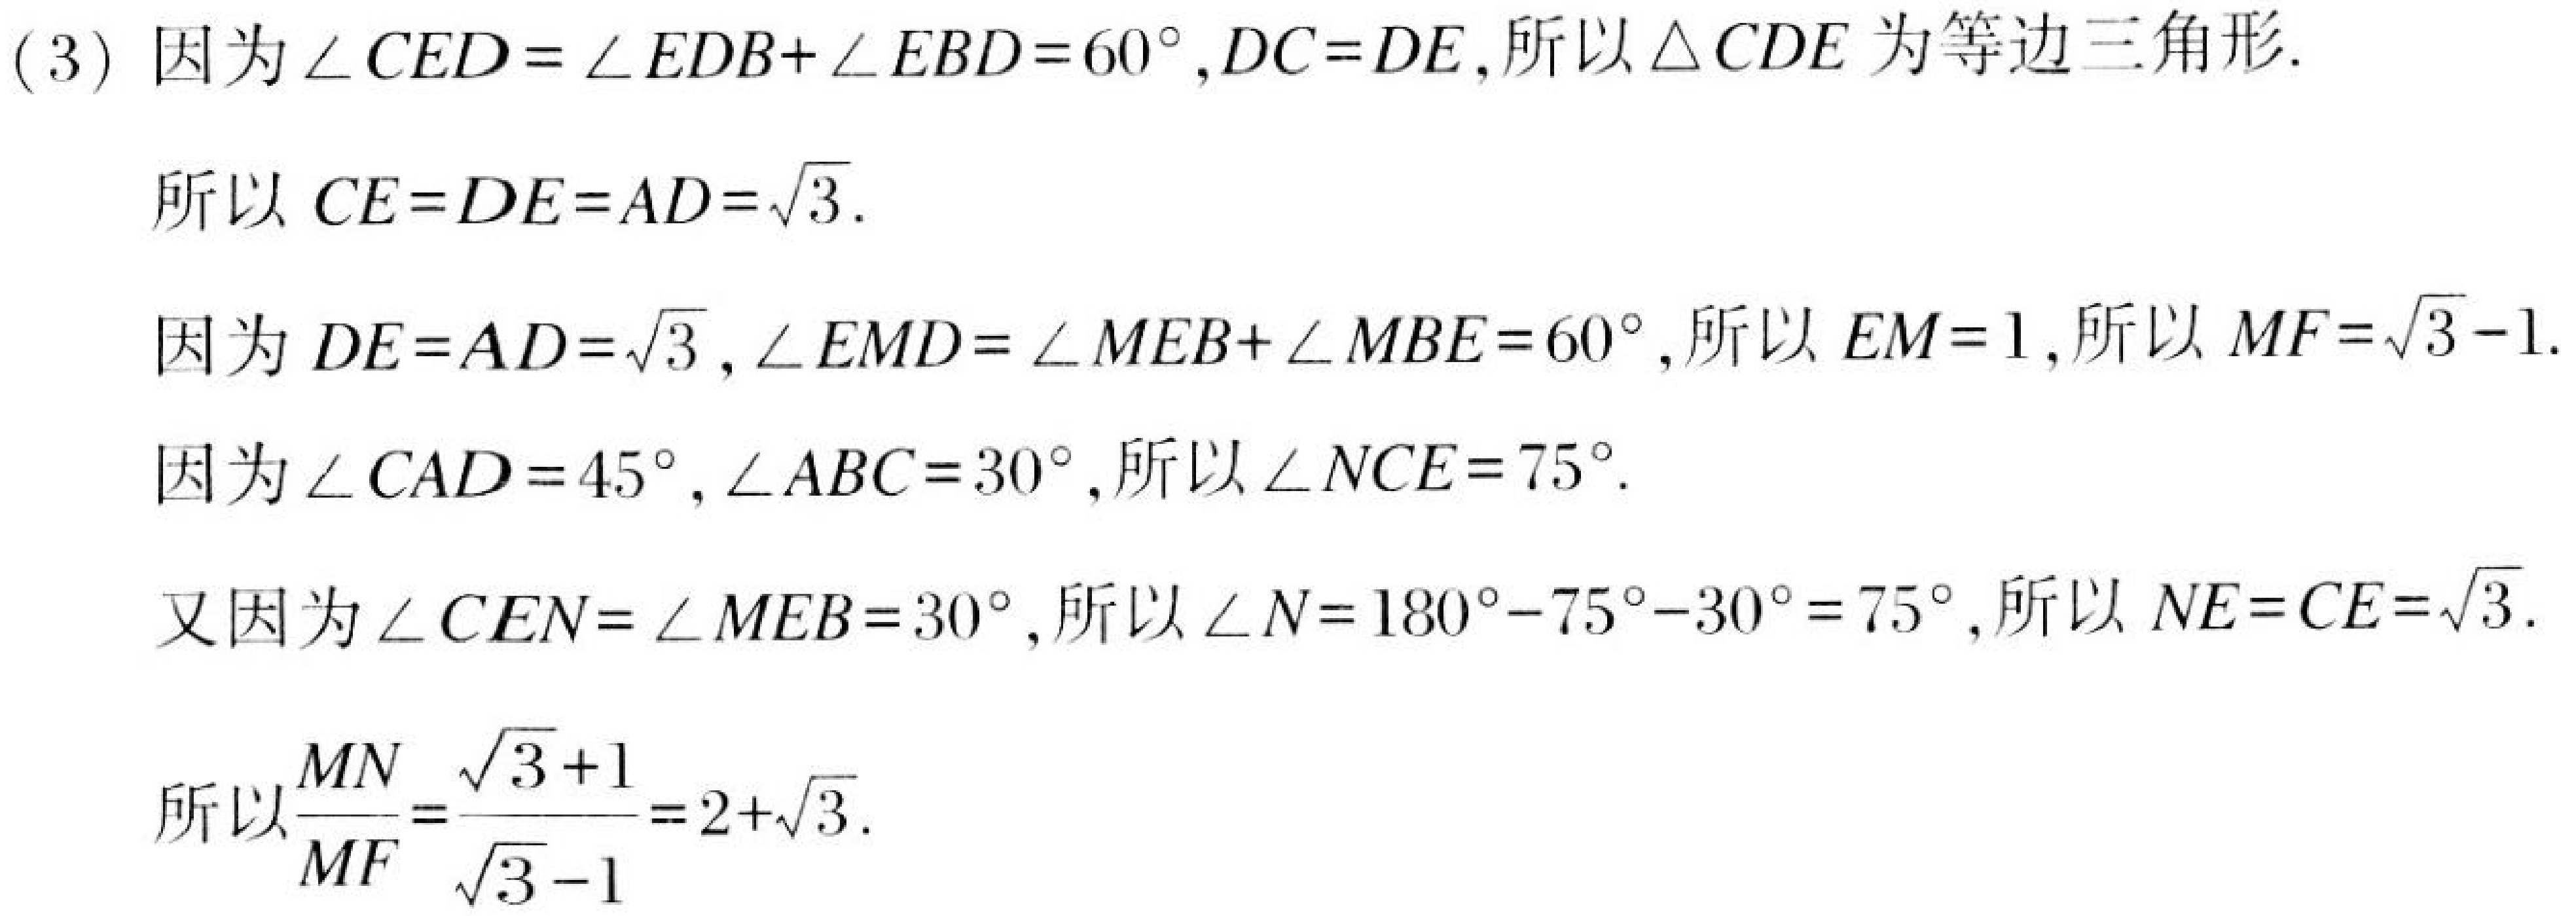
(3) 因为\(\angle CED=\angle EDB + \angle EBD = 60^{\circ},DC = DE\),所以\(\triangle CDE\)为等边三角形.
所以 \(CE = DE = AD=\sqrt{3}\).
因为 \(DE = AD=\sqrt{3},\angle EMD=\angle MEB+\angle MBE = 60^{\circ}\),所以 \(EM = 1\),所以 \(MF=\sqrt{3}-1\).
因为\(\angle CAD = 45^{\circ},\angle ABC = 30^{\circ}\),所以\(\angle NCE = 75^{\circ}\).
又因为\(\angle CEN=\angle MEB = 30^{\circ}\),所以\(\angle N=180^{\circ}-75^{\circ}-30^{\circ}=75^{\circ}\),所以 \(NE = CE=\sqrt{3}\).
所以\(\frac{MN}{MF}=\frac{\sqrt{3}+1}{\sqrt{3}-1}=2+\sqrt{3}\).